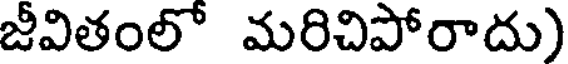
జీవితంలో మరిచిపోరాదు)